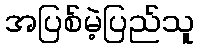
အပြစ်မဲ့ပြည်သူ